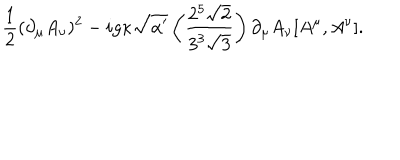
LaTeX: \frac { 1 } { 2 } ( \partial _ { \mu } A _ { \nu } ) ^ { 2 } - i g \kappa \sqrt { \alpha ^ { \prime } } \left( \frac { 2 ^ { 5 } \sqrt { 2 } } { 3 ^ { 3 } \sqrt { 3 } } \right) \partial _ { \mu } A _ { \nu } [ A ^ { \mu } , A ^ { \nu } ] .